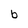
Character: b